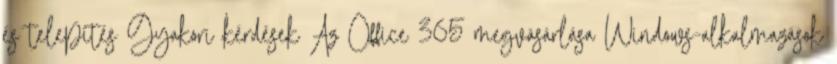
és telepítés Gyakori kérdések Az Office 365 megvásárlása Windows-alkalmazások